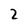
Character: 2